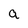
Character: a